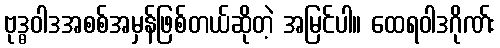
ဗုဒ္ဓဝါဒအစစ်အမှန်ဖြစ်တယ်ဆိုတဲ့ အမြင်ပါ။ ထေရဝါဒဂိုဏ်း